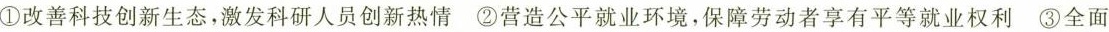
①改善科技创新生态，激发科研人员创新热情②营造公平就业环境，保障劳动者享有平等就业权利③全面